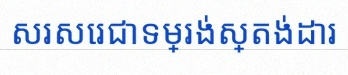
សរសេរជាទម្រង់ស្តង់ដារ